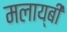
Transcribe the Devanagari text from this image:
मलाय्बी